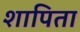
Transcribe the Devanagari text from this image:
शापिता